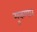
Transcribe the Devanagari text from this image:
मुकणार